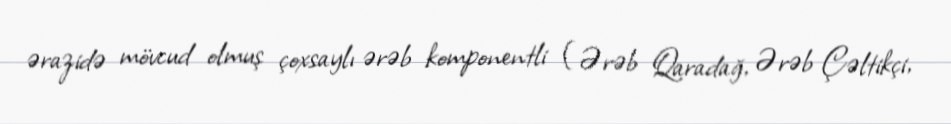
ərazidə mövcud olmuş çoxsaylı ərəb komponentli (Ərəb Qaradağ, Ərəb Çəltikçi,